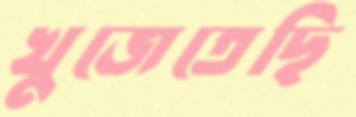
খুজেতেছি